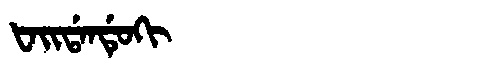
Manchu: ᡶᠠᡳᡩᠠᠨᡩᡠᡴᡳ
Romanization: FAIDANDUKI